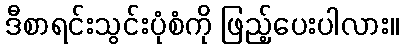
ဒီစာရင်းသွင်းပုံစံကို ဖြည့်ပေးပါလား။